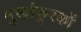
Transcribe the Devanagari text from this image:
मुखांकुरकों